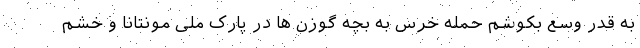
به قدر وسع بکوشم حمله خرس به بچه گوزن ها در پارک ملی مونتانا و خشم